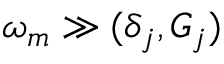
\omega _ { m } \gg ( \delta _ { j } , G _ { j } )